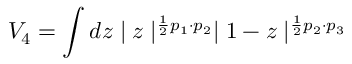
V _ { 4 } = \int d z \mid z \mid ^ { \frac { 1 } { 2 } p _ { 1 } \cdot p _ { 2 } } \mid 1 - z \mid ^ { \frac { 1 } { 2 } p _ { 2 } \cdot p _ { 3 } }